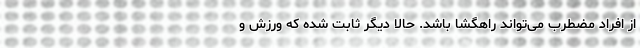
از افراد مضطرب می‌تواند راهگشا باشد. حالا دیگر ثابت شده که ورزش و